system: You are a helpful assistant.
user:
Analyze the provided spectrum to determine if it is a **White Dwarf (WD)**.

A White Dwarf spectrum is defined by its **extreme purity** (due to gravitational settling) and/or **extreme pressure broadening** (due to high surface gravity). You must check for one of the following mutually exclusive signatures:

- **Key Visual Indicators (Check for ONE of these types):**

    - **1. DA-Type Signature (Most Common):**
        - **(Primary Feature):** Extreme pressure broadening (Stark broadening) of the **Hydrogen (H) Balmer lines**.
        - **(Key Lines):** $H\beta$ (approx. $4861$ Å) and $H\gamma$ (approx. $4340$ Å). $H\alpha$ (approx. $6563$ Å) will also be present if the wavelength range covers it.
        - **(Line Profile):** This is the **defining feature**. The lines are **NOT** sharp. They appear as massive, **extremely broad and deep "troughs" or "dips"** in the spectrum, often hundreds of Ångströms wide. The continuum will appear to "scoop" down at these wavelengths.
        - **(Distinction):** Normal A-type or B-type stars have *narrow* and *sharp* Hydrogen lines. A DA White Dwarf's lines are unmistakably "smeared" or "blurry" from pressure.

    - **2. DB-Type Signature:**
        - **(Primary Feature):** Broad absorption lines from **Neutral Helium (He I)**. The spectrum must lack any visible Hydrogen lines.
        - **(Key Lines):** Look for broad absorption near $4471$ Å, $4921$ Å, and $5876$ Å.
        - **(Line Profile):** These lines are also significantly pressure-broadened, appearing much wider than they would in a normal B-type main-sequence star.

    - **3. DC-Type Signature:**
        - **(Primary Feature):** A **featureless continuous spectrum**.
        - **(Line Profile):** The spectrum is a smooth curve with **no significant absorption or emission lines**.
        - **(Key Confirmation):** The continuum is almost always **blue or white**, indicating a hot object. This signature implies the atmosphere is so pure (or so cool) that no spectral lines are visible in the optical range. Its WD identity is confirmed by its extremely low intrinsic brightness (high absolute magnitude).

    - **4. DZ-Type Signature (Metal-Polluted):**
        - **(Primary Feature):** **Isolated, narrow metal absorption lines** on an otherwise featureless (DC-like) continuum.
        - **(Key Lines):** The **Calcium (Ca II) H & K doublet** (approx. **$3934$ Å** and **$3968$ Å**) is the most common and defining feature.
        - **(Line Profile):** These lines are "out of place." They are *not* part of a "forest" of thousands of lines. This signature is evidence of recent *accretion* (pollution) from rocky debris.
        - **(Distinction):** Normal G/K/M stars have a *dense forest* of thousands of metal lines. A DZ has a *clean* continuum with *only a few* strong metal lines.

    - **5. DQ-Type Signature (Carbon-Polluted):**
        - **(Primary Feature):** Absorption bands from **Carbon (C₂ "Swan Bands" or atomic C I)**.
        - **(Key Lines - C₂):** Look for bandheads with a "saw-tooth" shape near $5635$ Å, **$5165$ Å** (strongest), and $4737$ Å.
        - **(Key Confirmation):** The underlying **continuum must be blue or white** (hot).
        - **(Distinction):** This is the critical difference from a **Carbon Star**, which has the *exact same* C₂ bands but on an extremely **red, cool** continuum.

- **(Overall Spectrum):**
    - The continuum (overall shape) is typically **blue-sloping** (brighter in the blue than the red), as most white dwarfs are very hot.
    - The spectrum will look "pure" or "simple," dominated by only *one* of the five signatures listed above.

Think first, call **spectral_visualization_tool** if needed to examine features in detail, then provide your final answer. Your response must adhere to the following strict rules:
1.  **Overall Structure:** Your response must follow the format `<think>...</think> <tool_call>...</tool_call> (if a tool is used) <answer>...</answer>`.
2.  **Tool Usage Constraint:** You may only make **one** tool call per turn.
3.  **Final Answer Format:** In the `<answer>` tag, your conclusion must be inside a `\boxed{}` command (e.g., `\boxed{YES}` or `\boxed{NO}`), followed by your justification.

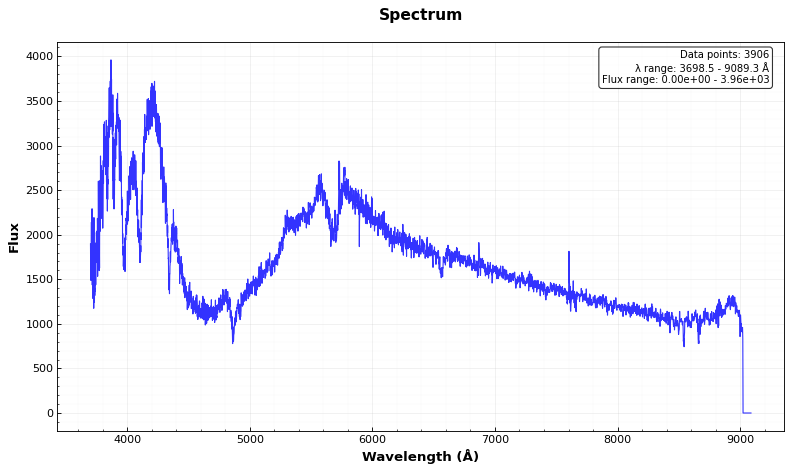
Answer: YES